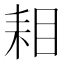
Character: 𮋦